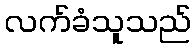
လက်ခံသူသည်